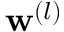
\mathbf { w } ^ { ( l ) }